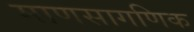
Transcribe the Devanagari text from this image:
माणसागणिक